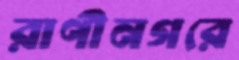
রাণীনগরে